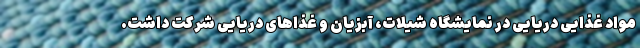
مواد غذایی دریایی در نمایشگاه شیلات، آبزیان و غذاهای دریایی شرکت داشت.